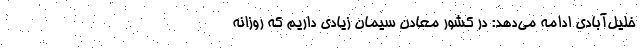
خلیل‌آبادی ادامه می‌دهد: در کشور معادن سیمان زیادی داریم که روزانه